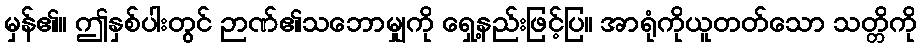
မှန်၏။ ဤနှစ်ပါးတွင် ဉာဏ်၏သဘောမျှကို ရှေ့နည်းဖြင့်ပြ။ အာရုံကိုယူတတ်သော သတ္တိကို